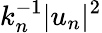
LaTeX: k_{n}^{-1}|u_{n}|^{2}